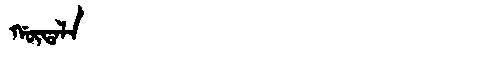
Manchu: ᡤᡡᡨᠠᠯᠠ
Romanization: GŪTALA